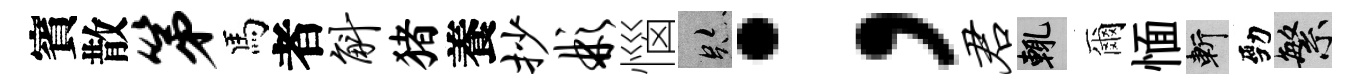
賓散第馬者斛猪養抄彬惱跡；君輒爾愐斬勁繁